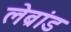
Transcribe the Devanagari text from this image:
लेब्रांड